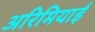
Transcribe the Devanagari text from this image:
अरिमियाई